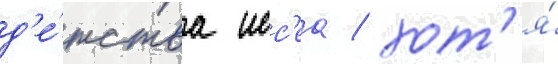
д'е́тства исс'еа / хот'я́